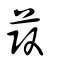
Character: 菣